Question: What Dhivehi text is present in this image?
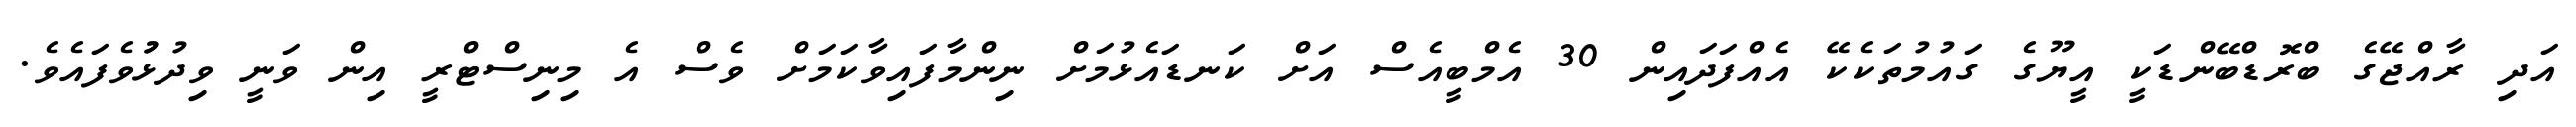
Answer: އަދި ރާއްޖޭގެ ބްރޮޑްބޭންޑަކީ އީޔޫގެ ގައުމުތަކެކޭ އެއްފަދައިން 30 އެމްބީއެސް އަށް ކަނޑައެޅުމަށް ނިންމާފައިވާކަމަށް ވެސް އެ މިނިސްޓްރީ އިން ވަނީ ވިދުޅުުވެފައެވެ.